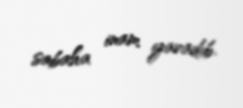
sabaha inam yaradıb.